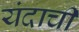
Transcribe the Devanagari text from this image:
यंदाची